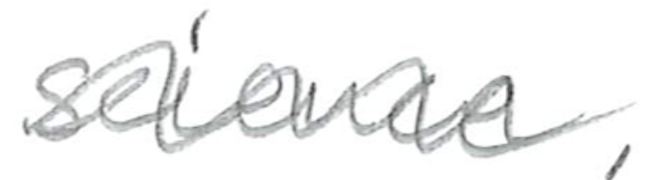
Text: science.
Cross-out: wave
Writing tool: pencil